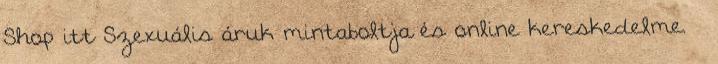
Shop itt Szexuális áruk mintaboltja és online kereskedelme. –